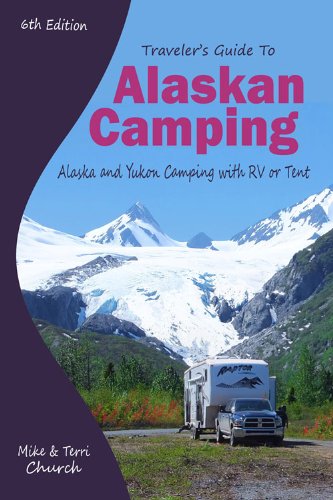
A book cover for Traveler's Guide to Alaskan Camping: Alaska and Yukon Camping With RV or Tent (Traveler's Guide series); Mike Church; Sports & Outdoors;